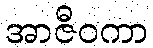
အာဇီဝကာ